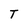
Character: T